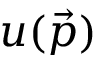
u ( { \vec { p } } )